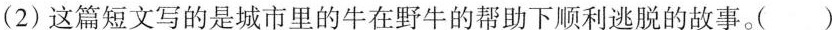
(2)这篇短文写的是城市里的牛在野牛的帮助下顺利逃脱的故事。( )